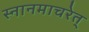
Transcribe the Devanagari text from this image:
स्नानमाचरेत्